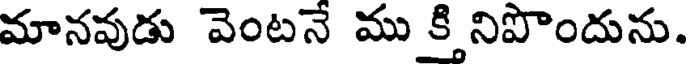
మానవుడు వెంటనే ము క్తి నిపొందును.